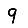
Digit: 9